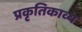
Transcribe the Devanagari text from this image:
प्रकृतिकाव्य